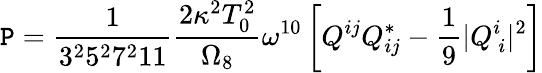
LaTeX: \mathtt{P}=\frac{{1}}{{3^{2}5^{2}7^{2}11}}\frac{{2\kappa^{2}T_{0}^{2}}}{{\Omega_{8}}}\omega^{10}\left[Q^{ij}Q_{ij}^{*}-\frac{{1}}{{9}}|Q_{\ i}^{i}|^{2}\right]